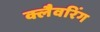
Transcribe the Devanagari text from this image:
क्लैवरिंग